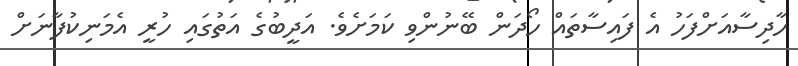
ހާދިސާއަށްފަހު އެ ފައިސާތައް ހޯދަން ބޭނުންވި ކަމަށެވެ. އަދީބުގެ އަތުގައި ހުރީ އެމަނިކުފާނަށް